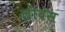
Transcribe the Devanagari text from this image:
लीबेस